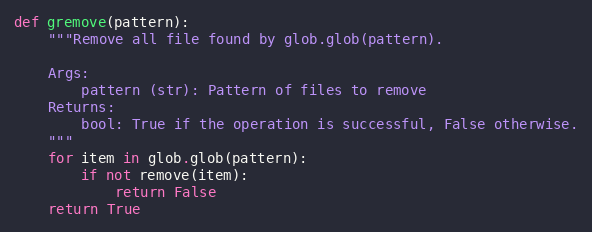
Language: Python
def gremove(pattern):
    """Remove all file found by glob.glob(pattern).

    Args:
        pattern (str): Pattern of files to remove
    Returns:
        bool: True if the operation is successful, False otherwise.
    """
    for item in glob.glob(pattern):
        if not remove(item):
            return False
    return True